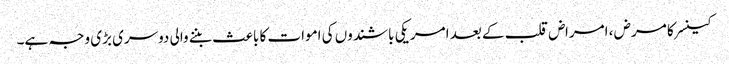
کینسر کا مرض ، امراض قلب کے بعد امریکی باشندوں کی اموات کا باعث بننے والی دوسری بڑی وجہ ہے۔